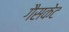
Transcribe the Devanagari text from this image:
गैसकेट